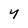
Character: y